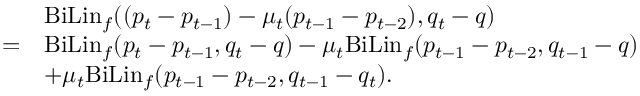
\begin{array} { r l } & { \mathrm { B i L i n } _ { f } ( ( p _ { t } - p _ { t - 1 } ) - \mu _ { t } ( p _ { t - 1 } - p _ { t - 2 } ) , q _ { t } - q ) } \\ { = } & { \mathrm { B i L i n } _ { f } ( p _ { t } - p _ { t - 1 } , q _ { t } - q ) - \mu _ { t } \mathrm { B i L i n } _ { f } ( p _ { t - 1 } - p _ { t - 2 } , q _ { t - 1 } - q ) } \\ & { + \mu _ { t } \mathrm { B i L i n } _ { f } ( p _ { t - 1 } - p _ { t - 2 } , q _ { t - 1 } - q _ { t } ) . } \end{array}